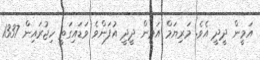
އަމީން ދީދީ އެވެ. މަރިޔަމް އަމީން ދީދީ އުފަންވެ ވަޑައިގަތީ ހިޖުރައިން 1337